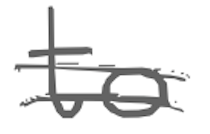
Text: to
Cross-out: double-line
Writing tool: digital_gray